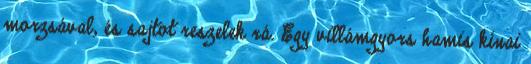
morzsával, és sajtot reszelek rá. Egy villámgyors hamis kínai